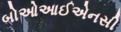
બોઓઆઈએનસી